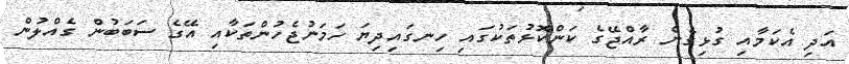
އަދި އެކަމާއި ގުޅިގެން ރާއްޖޭގެ ކަންކޮޅުތަކުގައި ހިނގައިދިޔަ ހަމަނުޖެހުންތަކާއި އޭގެ ސަބަބުން ގެއްލުން